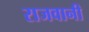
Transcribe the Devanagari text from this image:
राजवानी